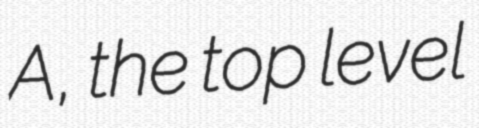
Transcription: A, the top level